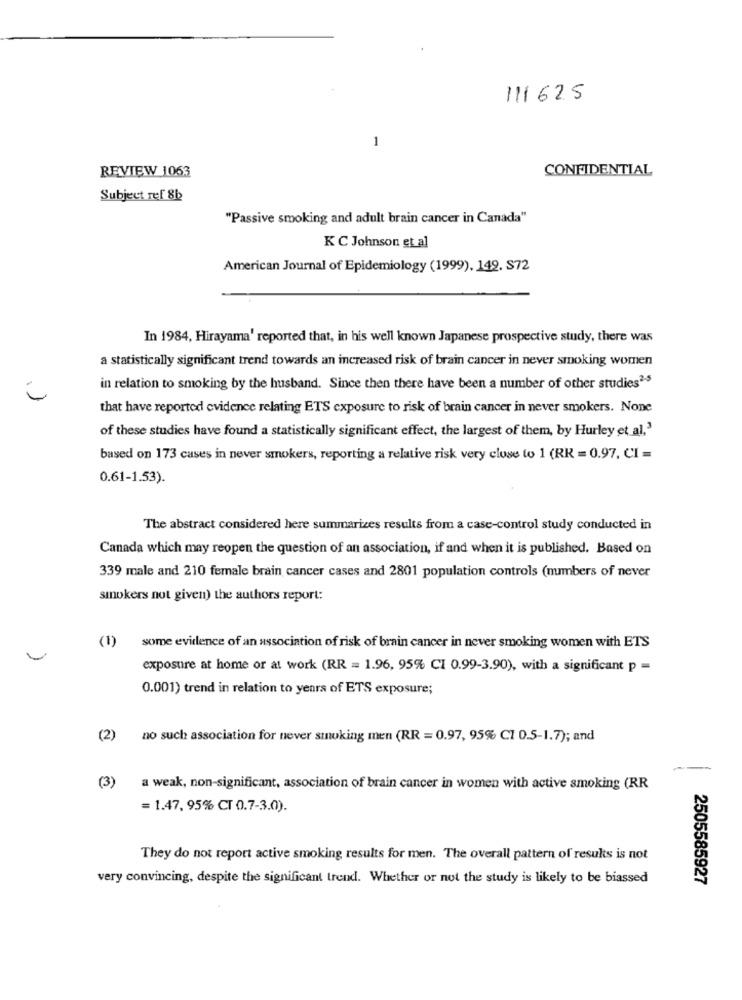
111625
1
REVIEW 1063
CONFIDENTIAL
Subject ref 8b
"Passive smoking and adult brain cancer in Canada"
K C Johnson et al
American Journal of Epidemiology (1999), 149, S72
In 1984, Hirayama' reported that, in his well known Japanese prospective study, there was
a statistically significant trend towards an increased risk of brain cancer in never smoking women
in relation to smoking by the husband. Since then there have been a number of other studies2-5
that have reported evidence relating ETS exposure to risk of brain cancer in never smokers. None
of these studies have found a statistically significant effect, the largest of them, by Hurley et al."
based on 173 cases in never smokers, reporting a relative risk very close to 1 (RR = 0.97, CI =
0.61-1.53).
The abstract considered here summarizes results from a case-control study conducted in
Canada which may reopen the question of an association, if and when it is published. Based on
339 male and 210 female brain cancer cases and 2801 population controls (numbers of never
smokers not given) the authors report:
(1)
some evidence of an association of risk of brain cancer in never smoking women with ETS
exposure at home or at work (RR = 1.96, 95% CI 0.99-3.90), with a significant p =
0.001) trend in relation to years of ETS exposure;
(2)
no such association for never smoking men (RR = 0.97, 95% C1 0.5-1.7); and
(3)
a weak, non-significant, association of brain cancer in women with active smoking (RR
= 1.47, 95% CT 0.7-3.0).
They do not report active smoking results for men. The overall pattern of results is not
very convincing, despite the significant trend. Whether or not the study is likely to be biassed
2505585927